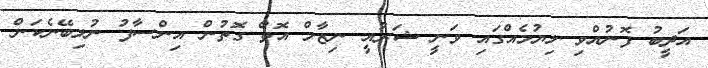
އަދީބު ފޮނުއްވި ލިޔުމެއްގައި ވަނީ ޝަރުއީ ނިޒާމް އޮތް ގޮތުން އިންސާފު ނުލިބޭނެކަން